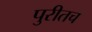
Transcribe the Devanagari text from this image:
पुरीतच